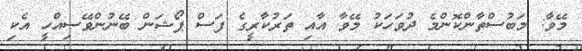
މޭވާ: މަބުސްތާންކޮންމެ ދުވަހަކު މޭވާ އާއި ތަރުކާރީގެ ފަސް ޕޯޝަން ބޭނުންވޭސިއްހީ އެކި